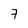
Character: 7